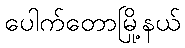
ပေါက်တောမြို့နယ်